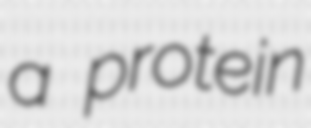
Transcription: a protein